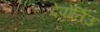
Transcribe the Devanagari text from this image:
देपोर्तिउ